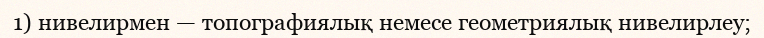
1) нивелирмен — топографиялық немесе геометриялық нивелирлеу;